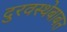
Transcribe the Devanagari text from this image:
दुरवस्थेबाबत